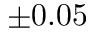
\pm 0 . 0 5